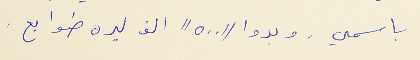
باسمي . وبدوا "٥٠٠" الف ليره طوابع .